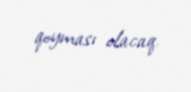
qoyması olacaq.